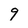
Character: 9